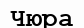
Чюра